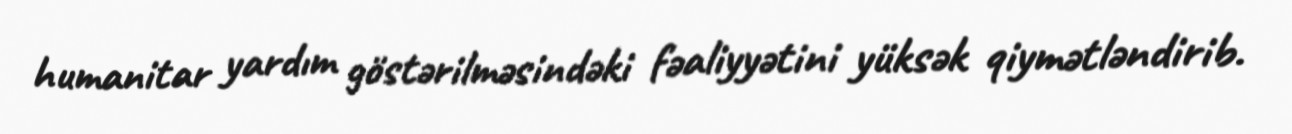
humanitar yardım göstərilməsindəki fəaliyyətini yüksək qiymətləndirib.